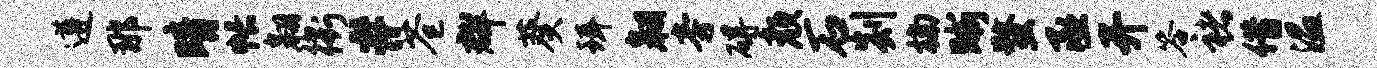
遵那晴帐翱衢#苍群葵珥翱旁碍颜石剡楠晰蝥丞开答褚借温